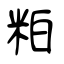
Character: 粕